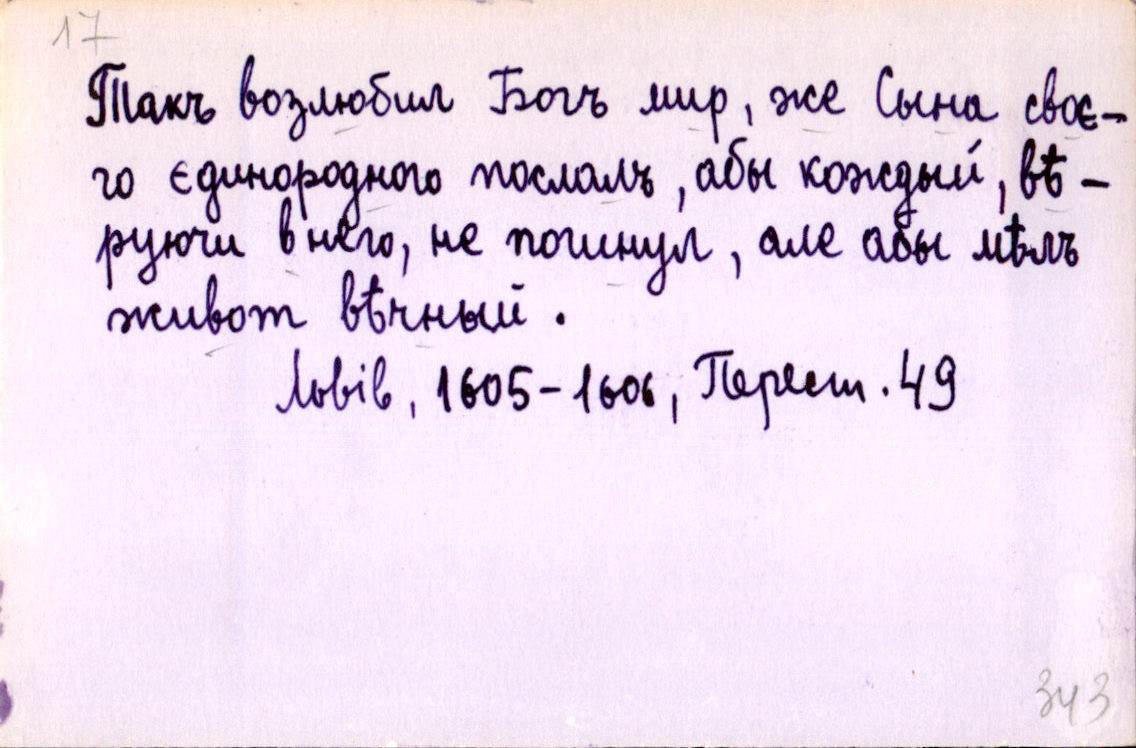
Такъ возлюбил Богъ мир, же Сына своє-
го єдинородного послалъ, абы кождый, вѣ-
руючи в него, не погинул, але абы мѣлъ
живот вѣчный.
Львів, 1605-1606, Перест. 49